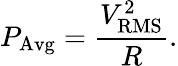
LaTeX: P_{\mathrm{Avg}}={\frac{V_{\mathrm{RMS}}^{2}}{R}}.